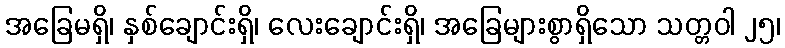
အခြေမရှိ၊ နှစ်ချောင်းရှိ၊ လေးချောင်းရှိ၊ အခြေများစွာရှိသော သတ္တဝါ ၂၅၊